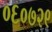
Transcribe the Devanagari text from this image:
०६०७२९